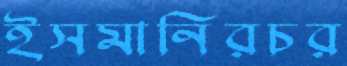
ইসমানিরচর